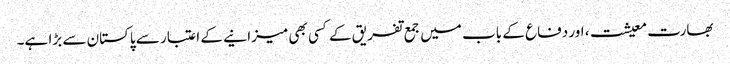
بھارت معیشت، اور دفاع کے باب میں جمع تفریق کے کسی بھی میزانیے کے اعتبار سے پاکستان سے بڑا ہے۔